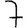
Digit: 7